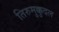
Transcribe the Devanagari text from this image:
तिरुमुक्कुदल